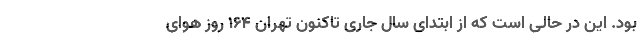
بود. این در حالی است که از ابتدای سال جاری تاکنون تهران 164 روز هوای